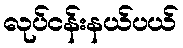
လုပ်ငန်းနယ်ပယ်